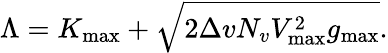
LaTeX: \Lambda=K_{\operatorname*{max}}+\sqrt{2\Delta vN_{v}V_{\operatorname*{max}}^{2}g_{\operatorname*{max}}}.